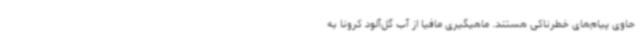
حاوی پیام‌های خطرناکی هستند. ماهیگیری مافیا از آب گل‌آلود کرونا به